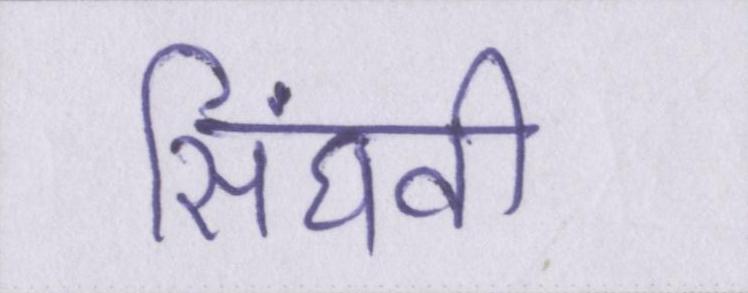
सिंघवी